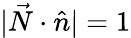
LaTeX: |\vec{N}\cdot\hat{n}|=1